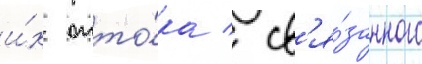
и́х отто́ка / св'я́занного